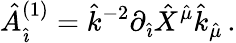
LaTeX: {\hat{A}}_{\hat{\imath}}^{(1)}={\hat{k}}^{-2}\partial_{\hat{\imath}}{\hat{X}}^{{\hat{\mu}}}{\hat{k}}_{\hat{\mu}}\, .